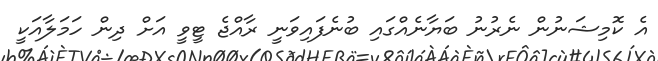
އެ ކޮމިޝަނުން ނެރުނު ބަޔާނެއްގައި ބުނެފައިވަނީ ރާއްޖެ ޓީވީ އަށް ދިން ހަމަލާއަކީ